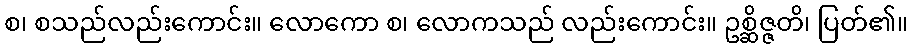
စ၊ စသည်လည်းကောင်း။ လောကော စ၊ လောကသည် လည်းကောင်း။ ဥစ္ဆိဇ္ဇတိ၊ ပြတ်၏။